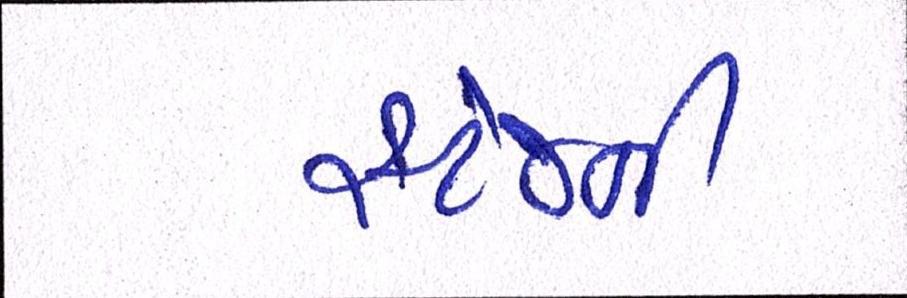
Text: સ્ટેજની